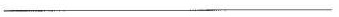
___